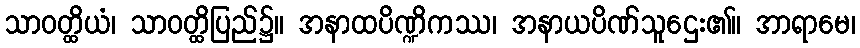
သာဝတ္ထိယံ၊ သာဝတ္ထိပြည်၌။ အနာထပိဏ္ဍိကဿ၊ အနာယပိဏ်သူဌေး၏။ အာရာမေ၊